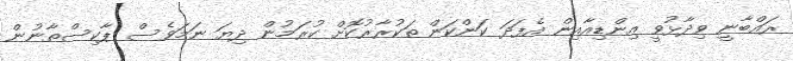
ރައްބާނީ ވިދާޅުވީ އިންޑިއާއިން އެފަދަ ކަންކަން ތަކުރާރުކޮށް ކުރަމުން ދިޔަ ނަމަވެސް ޕާކިސްތާނުން